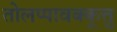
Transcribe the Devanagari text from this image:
तोलप्पावक्कूत्तु